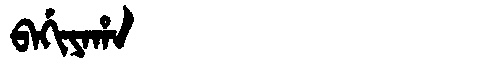
Manchu: ᠪᠠᡤᡳᠶᠠᡥᠠ
Romanization: BAGIYAHA